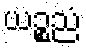
ယဉ္စညံ